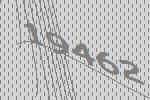
19462